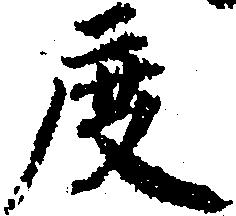
度